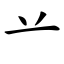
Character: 䒑